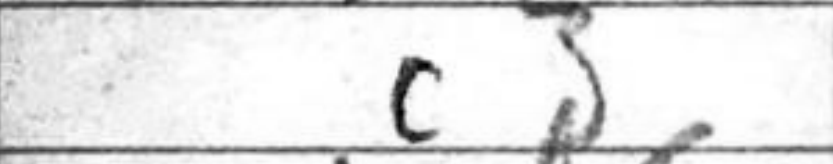
Transcription: c3